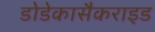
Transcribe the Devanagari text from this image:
डोडेकासैकराइड